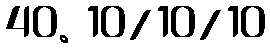
40. 10/10/10